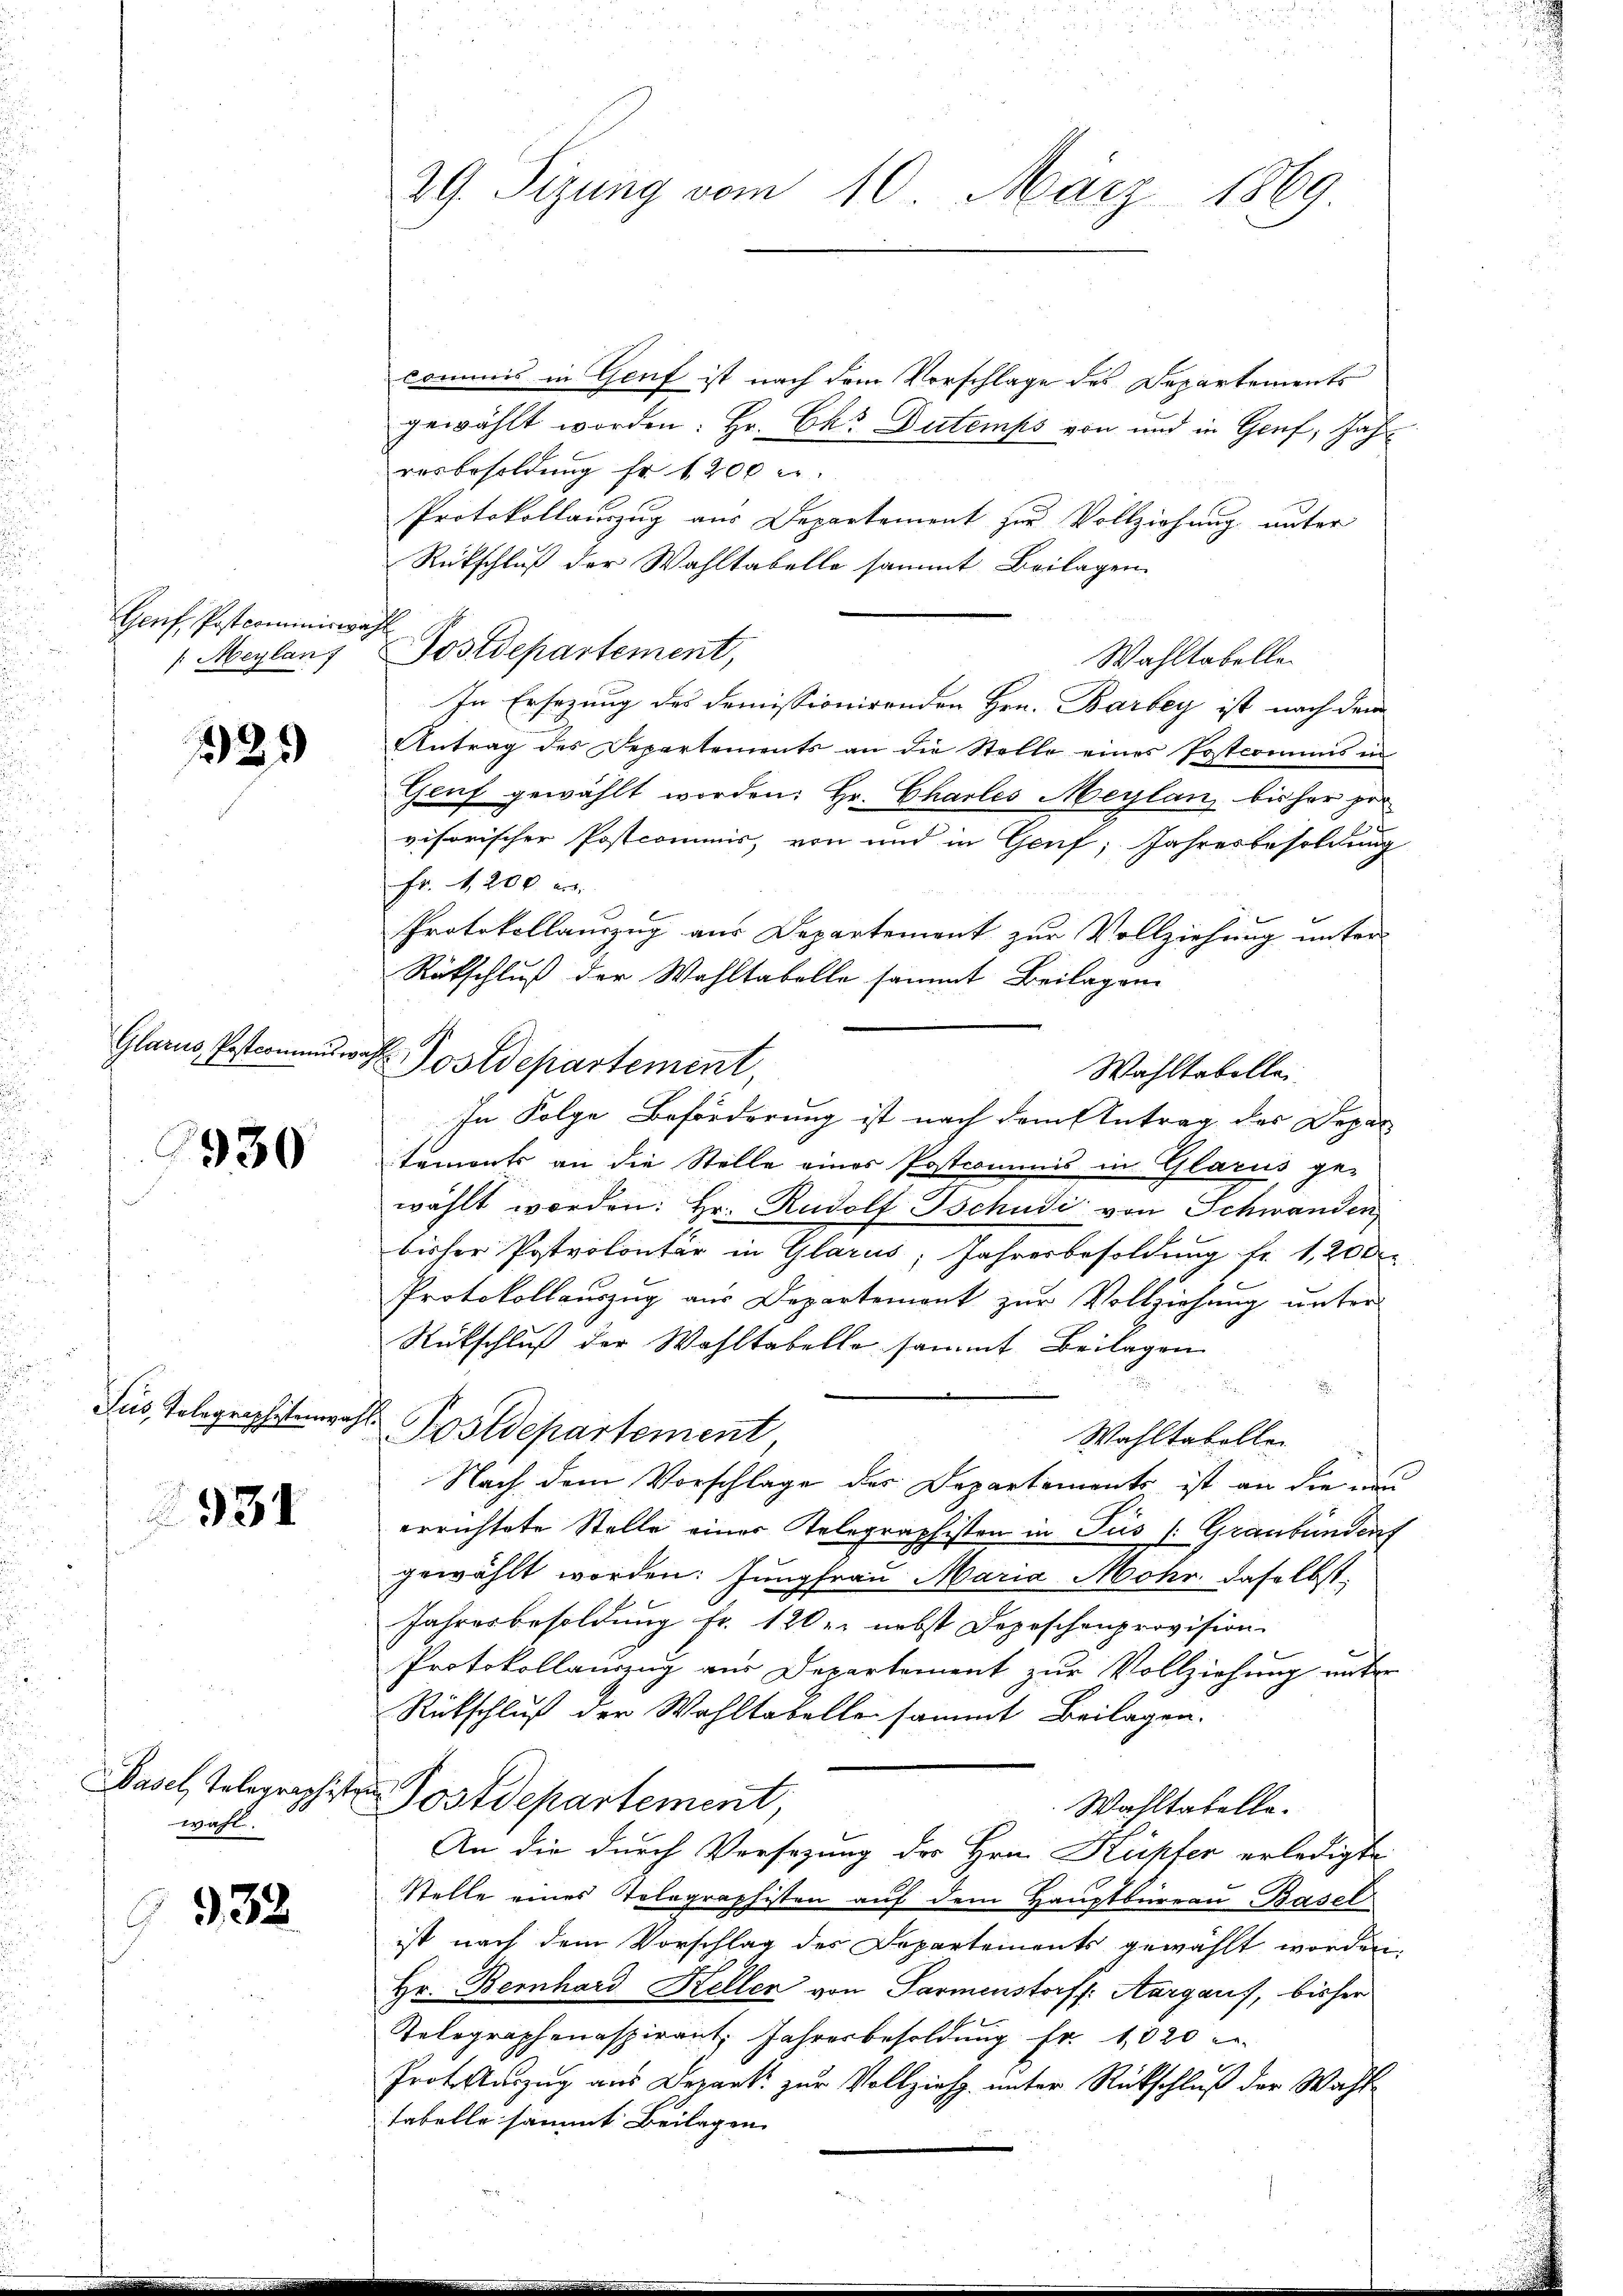
Genf Postcominiren
Meylan

22.

Glarus, Postcommiswahl

930

Jus, Telegraphistenwahl

931

Pasel, Telegraphisten
wahl.

932.

29. Sizung vom 10. März 1869

commis in Genf ist nach dem Vorschlage des Departements
gewählt worden: Hr. Chr Dutemps von und in Genf, Jahr
resbesoldung fr. 1200 l.
Protokollauszug aus Departement zur Vollziehung unter
Rückschluß der Wahltabelle sammt Beilagen
i
Postdepartement,
Wahltabelle.
In Ersezung des Demissionirenden Hrn. Barbey ist nach dem
Antrag des Departements an die Stelle eines Postcomus in
Genf gewählt worden: Hr. Charles Meylan, bisher pro
visorischer Postcommis, von und in Genf; Jahresbesoldung
Fr. 1200 ers
Protokollauszug aus Departement zur Vollziehung unter
Rütschluß der Wahltabelle sammt Beilagen
Wahltabellei
In Folge Beförderung ist nach dem Antrag des Depar
temonts an die Stelle eines Postcommis in Glarus ge-
wählt worden: Hr. Rudolf Tschudi von Schwanden
bisher Postvolontär in Glarus, Jahresbesoldung fr. 1, 20
Protokollauszug aus Departement zŭr Vollziehung unter
Rückschluß der Wahltabelle sammt Beilagen
Postdepartement
Wahltabellen
Nach dem Vorschlage des Departements ist an die ni
errichtete Stelle einer Telegraphisten in Jus /: Graubünden
gewählt worden: Jungfrau Maria Mohr, daselbst
Jahresbesoldung fr. 120. nebst Depeschenprovision.
Protokollauszug aus Departement zur Vollziehung unter
Rückschluß der Wahltabelle sammt Beilagen.
Postdepartement
Wahltabelle.
An die durch Versezung des Hrn. Küpfer erledigte
Stelle eines Tolographisten auf dem Hauptbureau, Basel
ist nach dem Vorschlag des Departements gewählt worden,
Hr. Bernhard Keller von Parmenstorf: Aargaus, bisher
Telegraphenaspirant. Jahresbesoldung fr. 1020
Prot. Auszug aus Dank zur Vollziehe unter Rückschluß der Wahltabelle sammt Beilagen |

v. Postdepartement